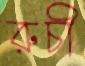
রুচী